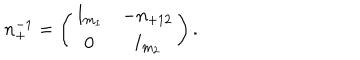
LaTeX: n _ { + } ^ { - 1 } = \left( \begin{array} { c c } { { I _ { m _ { 1 } } } } & { { - n _ { + 1 2 } } } \\ { { 0 } } & { { I _ { m _ { 2 } } } } \\ \end{array} \right) .